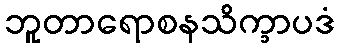
ဘူတာရောစနသိက္ခာပဒံ